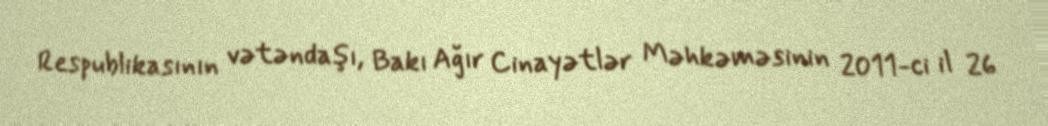
Respublikasının vətəndaşı, Bakı Ağır Cinayətlər Məhkəməsinin 2011-ci il 26